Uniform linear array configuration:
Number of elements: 48
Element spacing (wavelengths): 0.75
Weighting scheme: kaiser
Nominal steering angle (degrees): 0
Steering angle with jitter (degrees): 1.493
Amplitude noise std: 0.05
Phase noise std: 0.05

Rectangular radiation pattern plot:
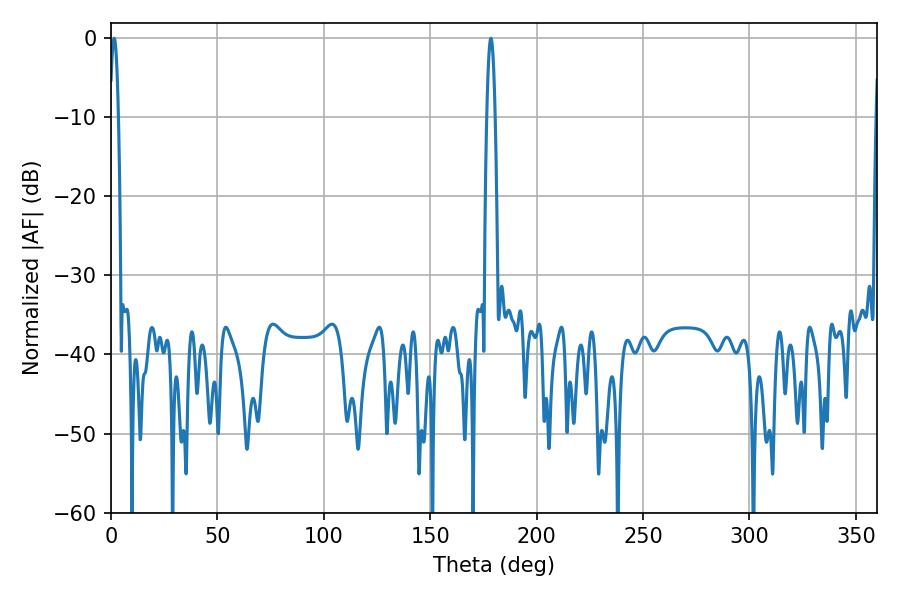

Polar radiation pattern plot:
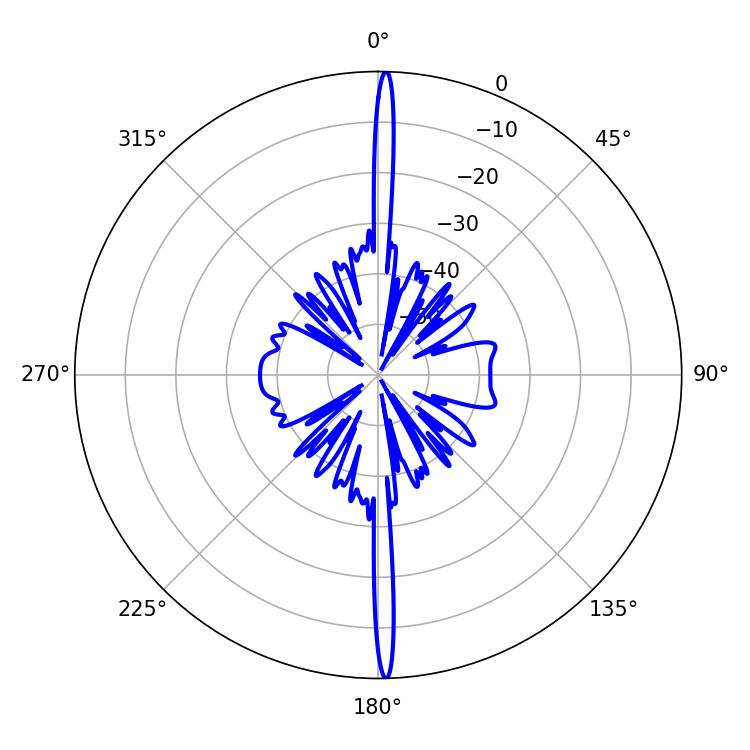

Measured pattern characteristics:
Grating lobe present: TRUE
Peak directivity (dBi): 29.73
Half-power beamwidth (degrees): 2.16
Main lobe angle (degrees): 1.44